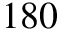
1 8 0